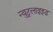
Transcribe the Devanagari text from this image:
न्युट्रलाइझ्ड